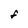
Character: F